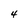
Character: 4